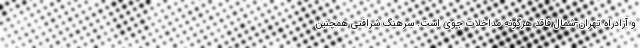
و آزادراه تهران-شمال فاقد هرگونه مداخلات جوی است. سرهنگ شرافتی همچنین